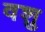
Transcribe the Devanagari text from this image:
वशु